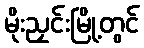
မိုးညှင်းမြို့တွင်